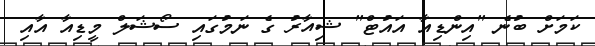
ކަމަށް ބުނެ "އިންޑިއާ އައުޓް" ޝިއާރު ގެ ނަމުގައި ސޯޝަލް މީޑިއާ އާއި